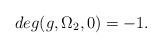
LaTeX: \begin{align*}deg (g, \Omega_2, 0) = -1.\end{align*}